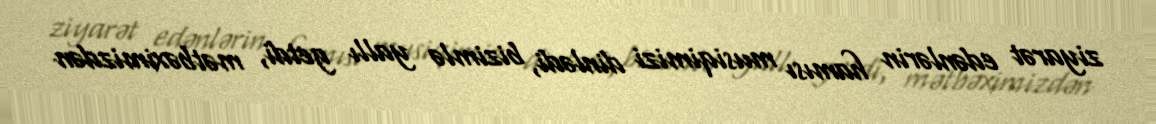
ziyarət edənlərin hamısı musiqimizi dinlədi, bizimlə yallı getdi, mətbəximizdən